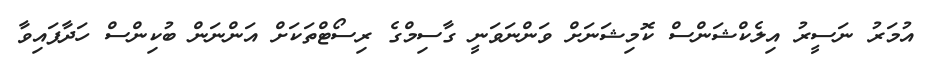
އުމަރު ނަސީރު އިލެކްޝަންސް ކޮމިޝަނަށް ވަންނަވަނީ ގާސިމްގެ ރިސޯޓްތަކަށް އަންނަން ބުކިންސް ހަދާފައިވާ